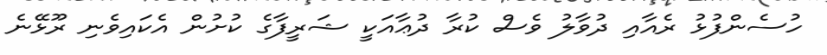
ހުސެންފުޅު ރެއާއި ދުވާލު ވެސް ކުރާ ދުޢާއަކީ ޝަރީފާގެ ކުށުން އެކައިވެނި ރޫޅޭނެ